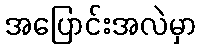
အပြောင်းအလဲမှာ